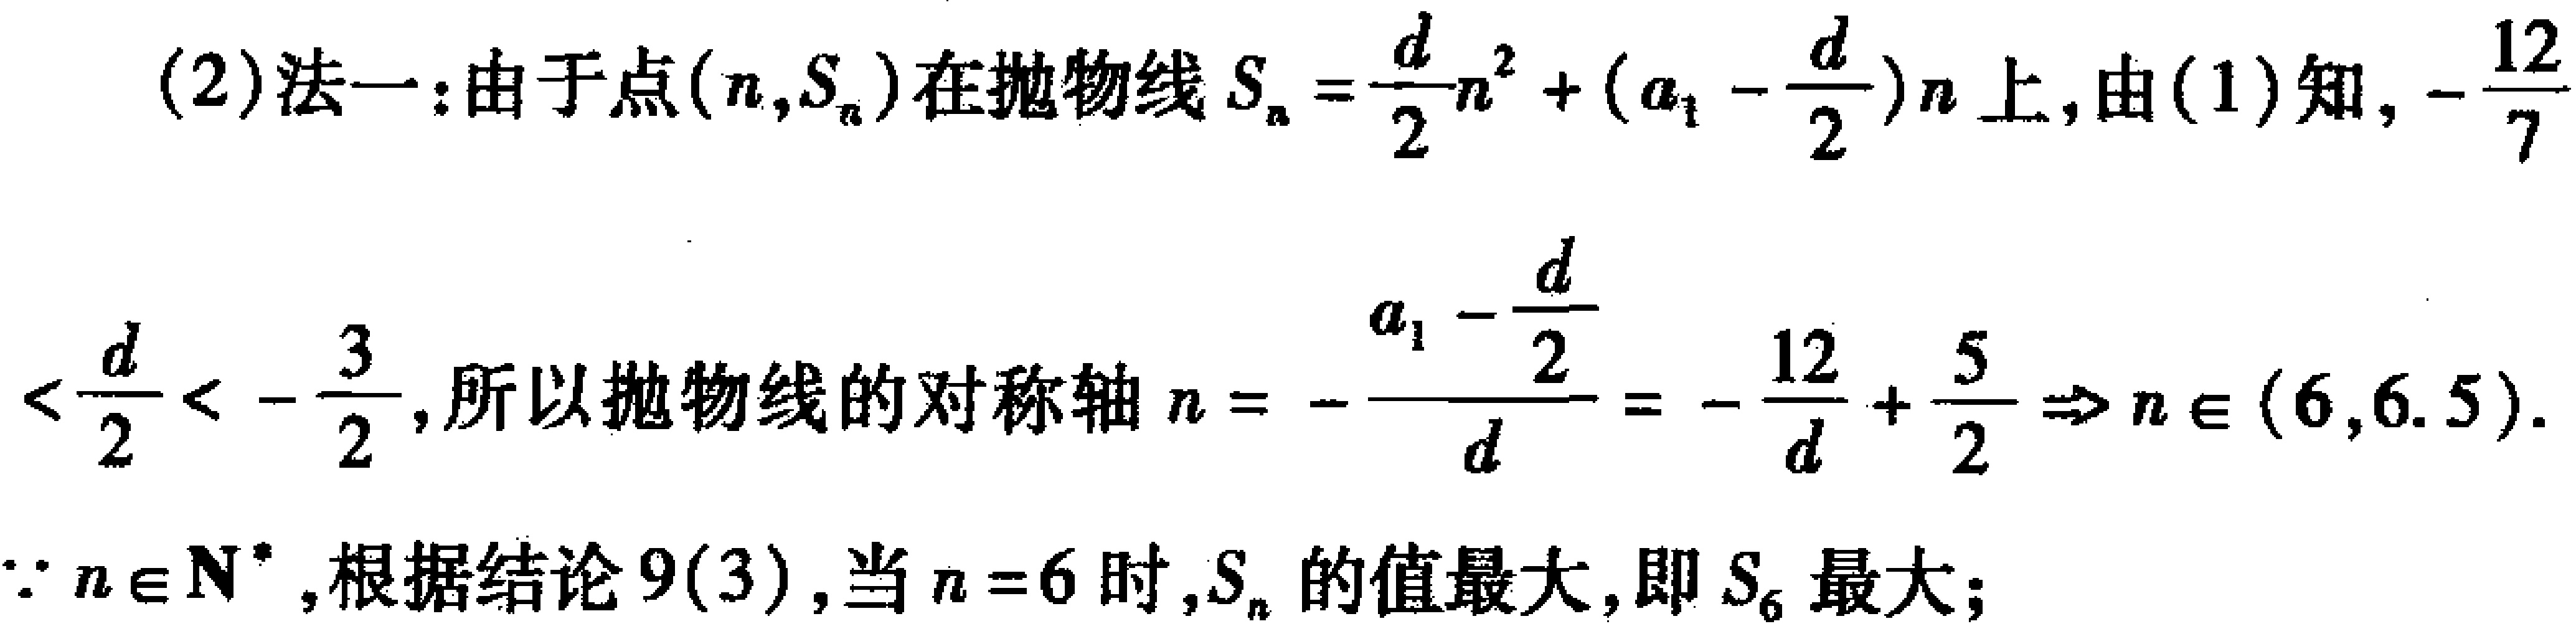
(2)法一：由于点\((n,S_{n})\)在抛物线\(S_{n}=\frac{d}{2}n^{2}+(a_{1}-\frac{d}{2})n\)上, 由(1)知, \(-\frac{12}{7}\)
\(<\frac{d}{2}<-\frac{3}{2}\), 所以抛物线的对称轴\(n = -\frac{a_{1}-\frac{d}{2}}{d}=-\frac{12}{d}+\frac{5}{2}\Rightarrow n\in(6,6.5)\).
\(\because n\in\mathbf{N}^{*}\), 根据结论9(3), 当\(n = 6\)时,\(S_{n}\)的值最大, 即\(S_{6}\)最大;